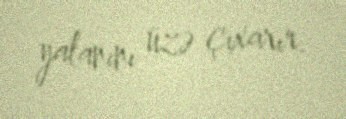
yalanını üzə çıxarır.